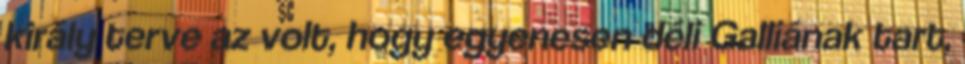
király terve az volt, hogy egyenesen déli Galliának tart,